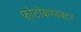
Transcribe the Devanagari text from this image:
फोटोकण्डक्टर